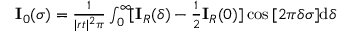
\begin{array} { r } { \mathbf { I } _ { 0 } ( \sigma ) = \frac { 1 } { | r t | ^ { 2 } \pi } \int _ { 0 } ^ { \infty } \! [ \mathbf { I } _ { R } ( \delta ) - \frac { 1 } { 2 } \mathbf { I } _ { R } ( 0 ) ] \cos { [ 2 \pi \delta \sigma ] } \mathrm { d } \delta } \end{array}